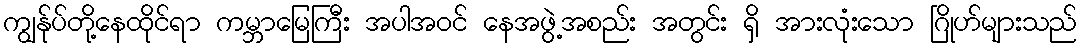
ကျွန်ုပ်တို့နေထိုင်ရာ ကမ္ဘာမြေကြီး အပါအဝင် နေအဖွဲ့အစည်း အတွင်း ရှိ အားလုံးသော ဂြိုဟ်များသည်